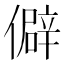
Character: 僻